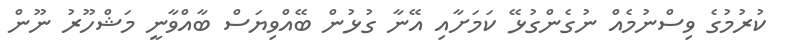
ކުރުމުގެ ވިސްނުމެއް ނުގެންގުޅޭ ކަމަށާއި އޭނާ ގުޅުން ބޭއްވިޔަސް ބާއްވާނީ މަޝްހޫރު ނޫން